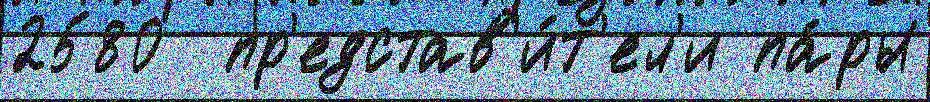
2580  пр'едстав'и́т'ел'и па́ры